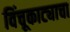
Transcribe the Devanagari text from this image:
विंचूकाट्याचा